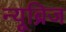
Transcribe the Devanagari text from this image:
न्यूब्रिज